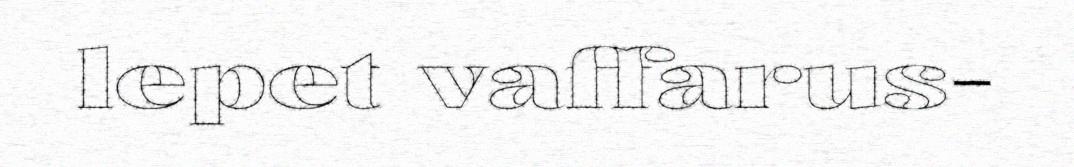
lepet vaffarus-